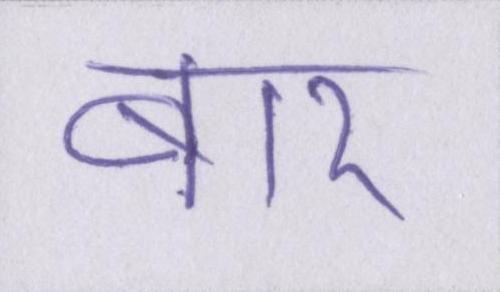
बार